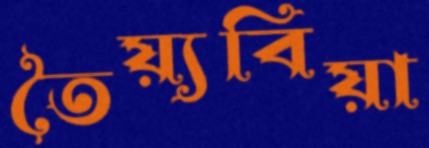
তৈয়্যবিয়া